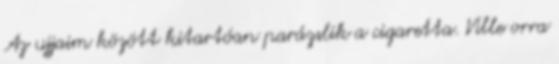
Az ujjaim között kitartóan parázslik a cigaretta. Ville orra